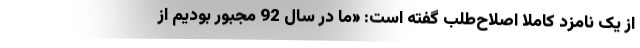
از یک نامزد کاملا اصلاح‌طلب گفته است: «ما در سال 92 مجبور بودیم از